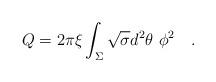
LaTeX: \begin{align*}Q=2\pi \xi \int_{\Sigma}\sqrt{\sigma}d^2\theta~\phi^2~~~.\end{align*}